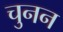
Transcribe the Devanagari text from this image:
चुनन